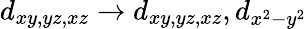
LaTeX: d_{xy,yz,xz}\rightarrow d_{xy,yz,xz},d_{x^{2}-y^{2}}